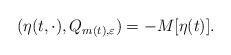
LaTeX: \begin{align*} (\eta(t, \cdot), Q_{m(t),\varepsilon}) = - M[\eta(t)].\end{align*}